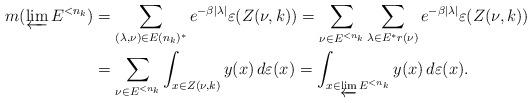
LaTeX: \begin{align*}m(\varprojlim E^{<n_k}) &= \sum_{(\lambda,\nu) \in E(n_k)^*} e^{-\beta|\lambda|} \varepsilon(Z(\nu, k)) = \sum_{\nu \in E^{<n_k}} \sum_{\lambda \in E^* r(\nu)} e^{-\beta|\lambda|} \varepsilon(Z(\nu, k)) \\ &= \sum_{\nu \in E^{<n_k}} \int_{x \in Z(\nu, k)} y(x)\,d\varepsilon(x) = \int_{x \in \varprojlim E^{<n_k}} y(x)\,d\varepsilon(x).\end{align*}